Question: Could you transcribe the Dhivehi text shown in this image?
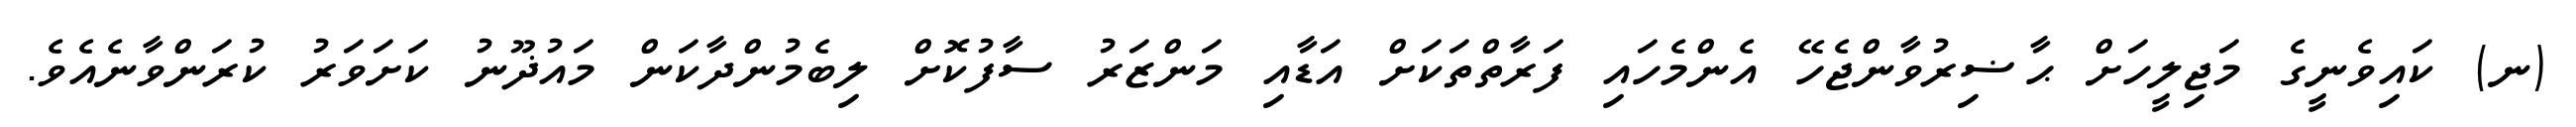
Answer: (ނ) ކައިވެނީގެ މަޖިލީހަށް ޙާޟިރުވާންޖެހޭ އެންމެހައި ފަރާތްތަކަށް އަޑާއި މަންޒަރު ސާފުކޮށް ލިބެމުންދާކަން މައުޛޫނު ކަށަވަރު ކުރަންވާނެއެވެ.